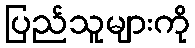
ပြည်သူများကို